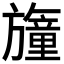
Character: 𣄢